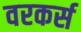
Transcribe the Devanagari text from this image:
वरकर्स